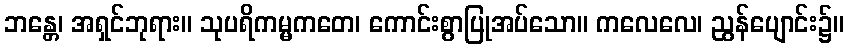
ဘန္တေ၊ အရှင်ဘုရား။ သုပရိကမ္မကတေ၊ ကောင်းစွာပြုအပ်သော။ ကလေလေ၊ ညွန်ပျောင်း၌။